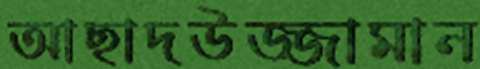
আছাদউজ্জামান